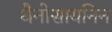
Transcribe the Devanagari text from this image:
थैनोसायनिन